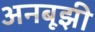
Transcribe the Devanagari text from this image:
अनबूझी